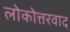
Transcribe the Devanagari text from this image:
लोकोत्तरवाद